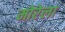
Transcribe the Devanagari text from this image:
मोरेला